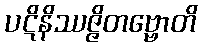
ပဋိနိဿဇ္ဇိတဗ္ဗောတိ